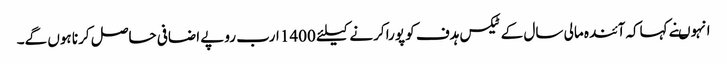
انہوںنے کہاکہ آئندہ مالی سال کے ٹیکس ہدف کو پورا کرنے کیلئے 1400 ارب روپے اضافی حاصل کرنا ہوں گے۔